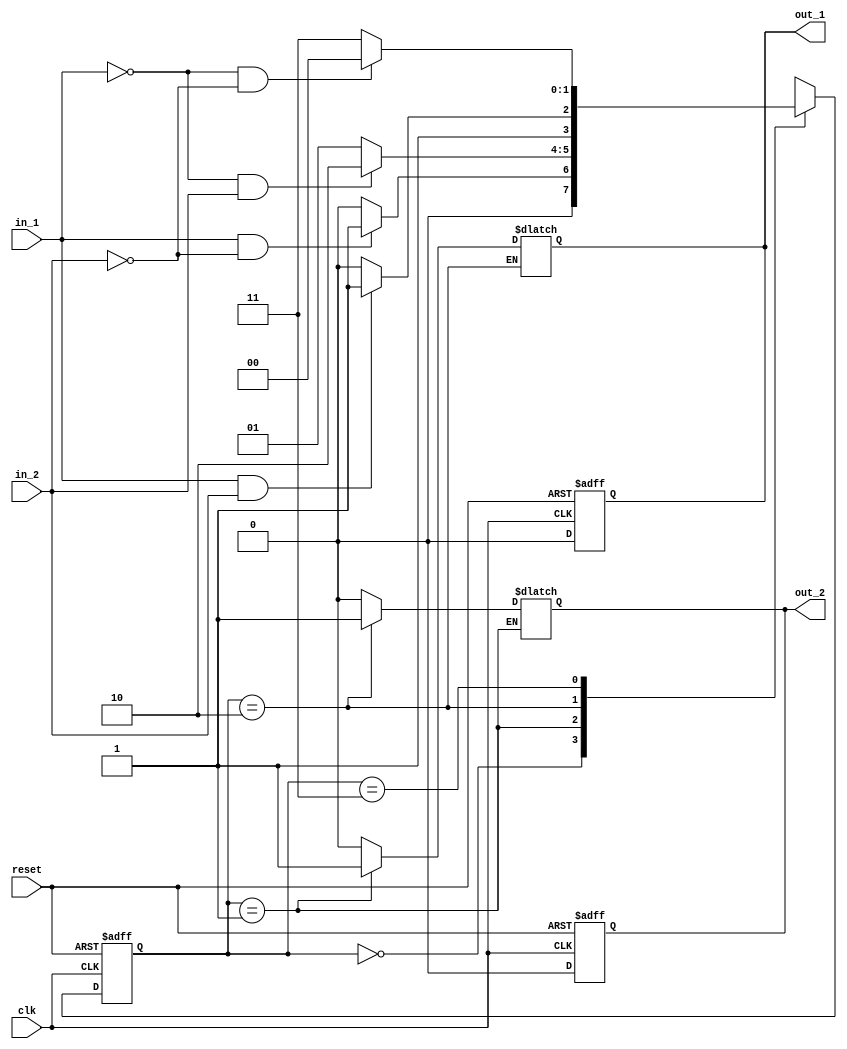
module FSM (
    input wire clk,        // clock input
    input wire reset,      // reset input
    input wire in_1,       // input 1
    input wire in_2,       // input 2
    output wire out_1,     // output 1
    output wire out_2      // output 2
);

// State definitions
parameter S0 = 2'b00;
parameter S1 = 2'b01;
parameter S2 = 2'b10;
parameter S3 = 2'b11;

// Define states and outputs
reg [1:0] state, next_state;
reg out_1_reg, out_2_reg;

// Sequential logic
always @(posedge clk or posedge reset) begin
    if (reset) begin
        state <= S0;
        out_1_reg <= 0;
        out_2_reg <= 0;
    end else begin
        state <= next_state;
        out_1_reg <= 0;
        out_2_reg <= 0;
    end
end

// Next state and output logic
always @(*) begin
    case (state)
        S0: begin
            if (in_1 && !in_2)
                next_state = S1;
            else
                next_state = S0;
        end
        S1: begin
            if (!in_1 && in_2)
                next_state = S2;
            else
                next_state = S1;
        end
        S2: begin
            if (in_1 && in_2)
                next_state = S3;
            else
                next_state = S2;
        end
        S3: begin
            if (!in_1 && !in_2)
                next_state = S0;
            else
                next_state = S3;
        end
    endcase

    case (state)
        S1: begin
            out_1_reg = 1;
        end
        S2: begin
            out_2_reg = 1;
        end
        default: begin
            out_1_reg = 0;
            out_2_reg = 0;
        end
    endcase
end

// Assign outputs
assign out_1 = out_1_reg;
assign out_2 = out_2_reg;

endmodule